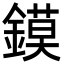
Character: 鏌